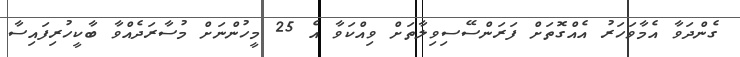
ގެންދަވާ އެމާވަހަރު އެއްގޮތަށް ފަރަންސޭސިވިލާތަށް ވިއްކަވާ އެ 25 މީހުންނަށް މުސާރަދެއްވާ ބާކީހުރިފައިސާ